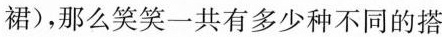
裙)，那么笑笑一共有多少种不同的搭